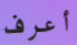
أعرف